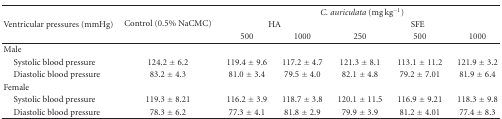
<table><thead><tr><td></td><td rowspan="3"><b>Control (0.5% NaCMC)</b></td><td colspan="5"><b><i>C. auriculata</i> (mg kg<sup>−1</sup>)</b></td></tr><tr><td><b>Ventricular pressures (mmHg)</b></td><td colspan="2"><b>HA</b></td><td colspan="3"><b>SFE</b></td></tr><tr><td></td><td><b>500</b></td><td><b>1000</b></td><td><b>250</b></td><td><b>500</b></td><td><b>1000</b></td></tr></thead><tbody><tr><td>Male</td><td></td><td></td><td></td><td></td><td></td><td></td></tr><tr><td> Systolic blood pressure</td><td>124.2 ± 6.2</td><td>119.4 ± 9.6</td><td>117.2 ± 4.7</td><td>121.3 ± 8.1</td><td>113.1 ± 11.2</td><td>121.9 ± 3.2</td></tr><tr><td> Diastolic blood pressure</td><td>83.2 ± 4.3</td><td>81.0 ± 3.4</td><td>79.5 ± 4.0</td><td>82.1 ± 4.8</td><td>79.2 ± 7.01</td><td>81.9 ± 6.4</td></tr><tr><td>Female</td><td></td><td></td><td></td><td></td><td></td><td></td></tr><tr><td> Systolic blood pressure</td><td>119.3 ± 8.21</td><td>116.2 ± 3.9</td><td>118.7 ± 3.8</td><td>120.1 ± 11.5</td><td>116.9 ± 9.21</td><td>118.3 ± 9.8</td></tr><tr><td> Diastolic blood pressure</td><td>78.3 ± 6.2</td><td>77.3 ± 4.1</td><td>81.8 ± 2.9</td><td>79.9 ± 3.9</td><td>81.2 ± 4.01</td><td>77.4 ± 8.3</td></tr></tbody></table>